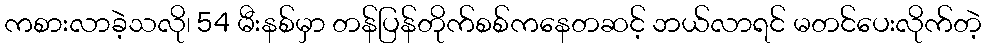
ကစားလာခဲ့သလို၊ 54 မီးနစ်မှာ တန်ပြန်တိုက်စစ်ကနေတဆင့် ဘယ်လာရင် မတင်ပေးလိုက်တဲ့